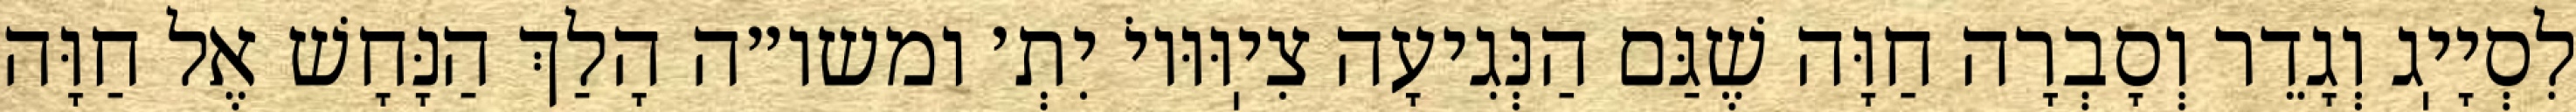
לִסְיָיֽג וְגָדֵר וְסָבְרָה חַוָּה שֶׁגַּם הַנְּגִיעָה צִיֽוּוּיוֹ יִתְ׳ ומשו״ה הָלַךְ הַנָּחָשׁ אֶל חַוָּה